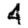
Digit: 4